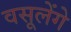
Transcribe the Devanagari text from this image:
वसूलेंगे